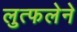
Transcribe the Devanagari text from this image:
लुत्फलेने